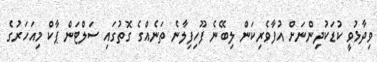
ވިދާޅުވީ ކުޑަކުދިންނަށް އުފާވެރިކަން ލިބޭނެ ފޫހިފިލާނެ ތަނެއްގެ ގޮތުގައި ސަލްޓަން ޕާކް މިއަހަރުގެ